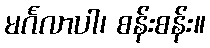
မင်္ဂလာပါ၊ စန်းစန်း။